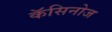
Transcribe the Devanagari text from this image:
कॅसिनोज